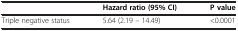
<table><thead><tr><td><b> </b></td><td><b>Hazard ratio (95% CI)</b></td><td><b>P value</b></td></tr></thead><tbody><tr><td>Triple negative status</td><td>5.64 (2.19 – 14.49)</td><td>&lt;0.0001</td></tr></tbody></table>